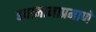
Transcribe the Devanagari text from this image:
हवामानाप्रमाणे